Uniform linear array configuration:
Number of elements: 48
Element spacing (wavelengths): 0.5
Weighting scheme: binomial
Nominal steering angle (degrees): -15
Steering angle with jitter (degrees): -16.474
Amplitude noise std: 0.05
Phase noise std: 0.05

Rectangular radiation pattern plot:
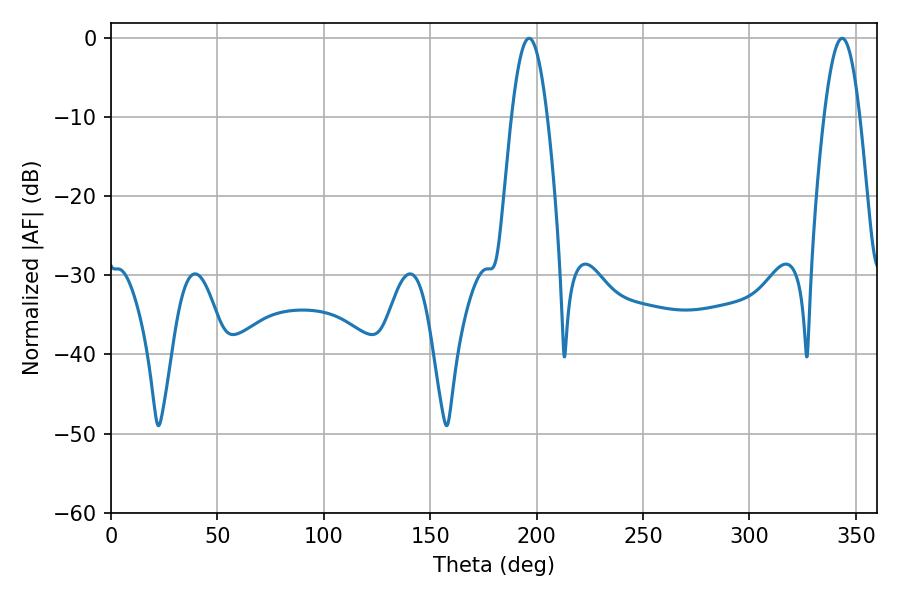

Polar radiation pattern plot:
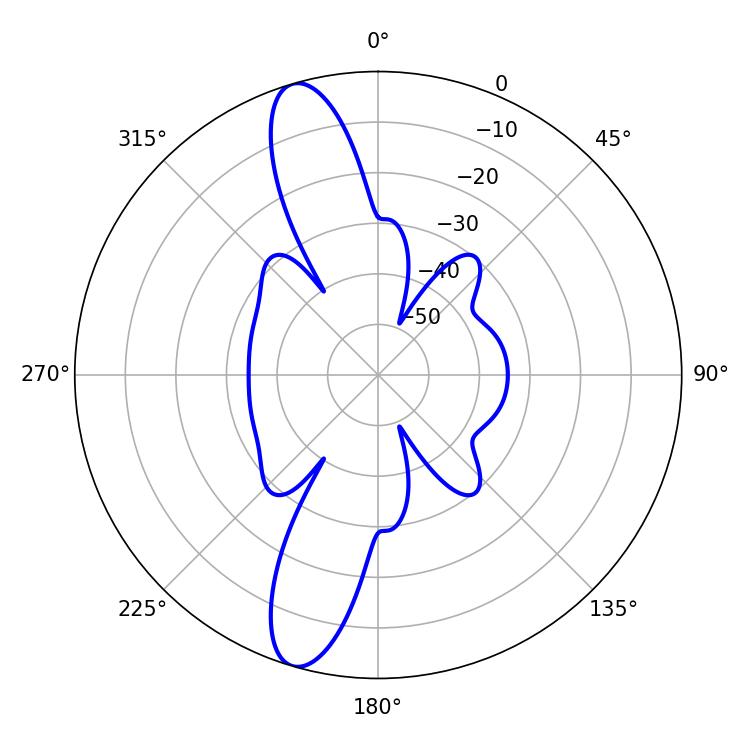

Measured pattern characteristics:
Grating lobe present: FALSE
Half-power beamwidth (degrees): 9.18
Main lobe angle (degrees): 196.38